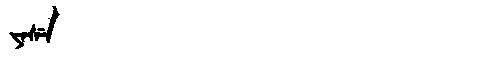
Manchu: ᠶᠠᠰᡝ
Romanization: YASE